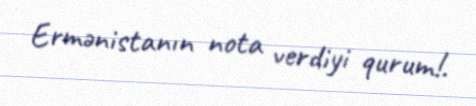
Ermənistanın nota verdiyi qurum!.